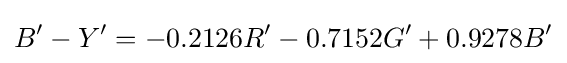
B'-Y'=-0.2126R'-0.7152G'+0.9278B'